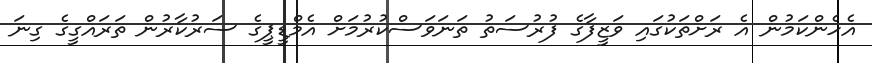
އެހެންކަމުން އެ ރަށްތަކުގައި ވަޒީފާގެ ފުރުސަތު ތަނަވަސްކުރުމަށް އެމްޑީޕީގެ ސަރުކާރުން ތަރައްގީގެ ގިނަ